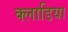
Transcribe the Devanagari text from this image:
क्लाडिया